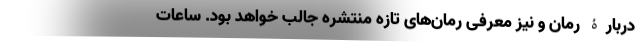
دربارۀ رمان و نیز معرفی رمان‌های تازه منتشره جالب خواهد بود. ساعات